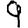
Digit: 9